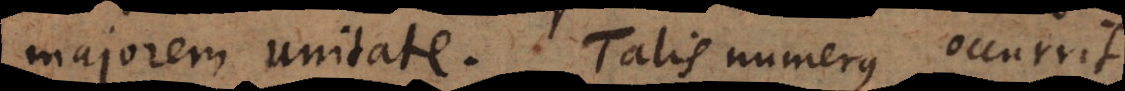
majorem unitate. Talis numerus occurrit